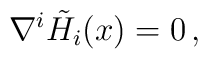
{\nabla}^i \tilde{H_i}(x) =0 \, ,